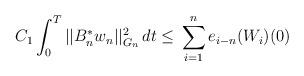
LaTeX: \begin{align*}C_1 \int_0^T ||B_n^{\ast}w_n||_{G_n}^2 \,dt \le\, \displaystyle{\sum_{i=1}^n e_{i-n}(W_i)(0)}\end{align*}